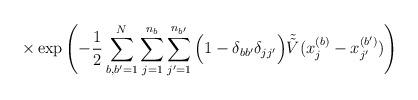
LaTeX: \begin{align*}\times \exp \left( -\frac{1}{2}\sum_{b, b^\prime =1}^N \sum_{j=1}^{n_b} \sum_{j^\prime=1}^{n_{b^\prime}}\Big(1 - \delta_{b b^\prime} \delta_{j j^\prime} \Big)\tilde{\tilde{V}}(x^{(b)}_j - x^{(b^\prime)}_{j^\prime}) \right)\end{align*}